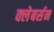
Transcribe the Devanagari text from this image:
क्लेबर्सन